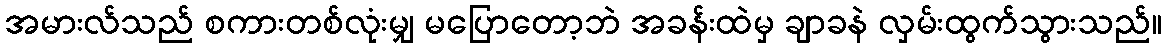
အမားလ်သည် စကားတစ်လုံးမျှ မပြောတော့ဘဲ အခန်းထဲမှ ချာခနဲ လှမ်းထွက်သွားသည်။